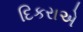
દિકરાએ